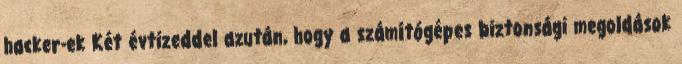
hacker-ek Két évtizeddel azután, hogy a számítógépes biztonsági megoldások